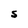
Character: S